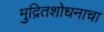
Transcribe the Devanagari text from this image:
मुद्रितशोधनाचा